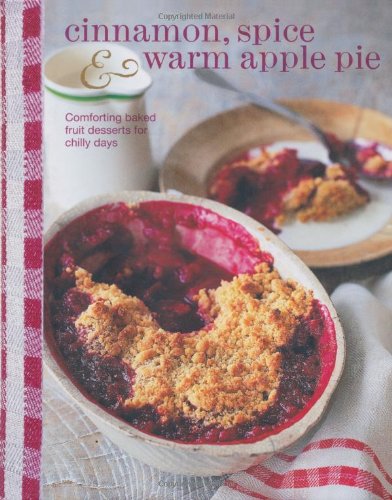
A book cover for Cinnamon, Spice & Warm Apple Pie: comforting baked fruit desserts for chilly days; Cookbooks, Food & Wine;